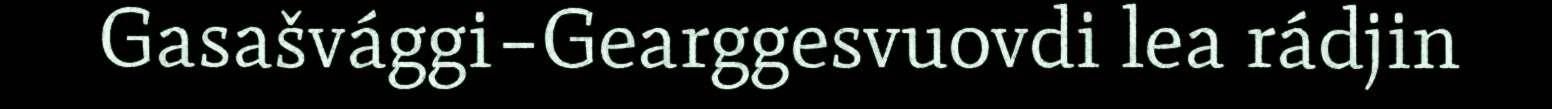
Gasašvággi–Gearggesvuovdi lea rádjin